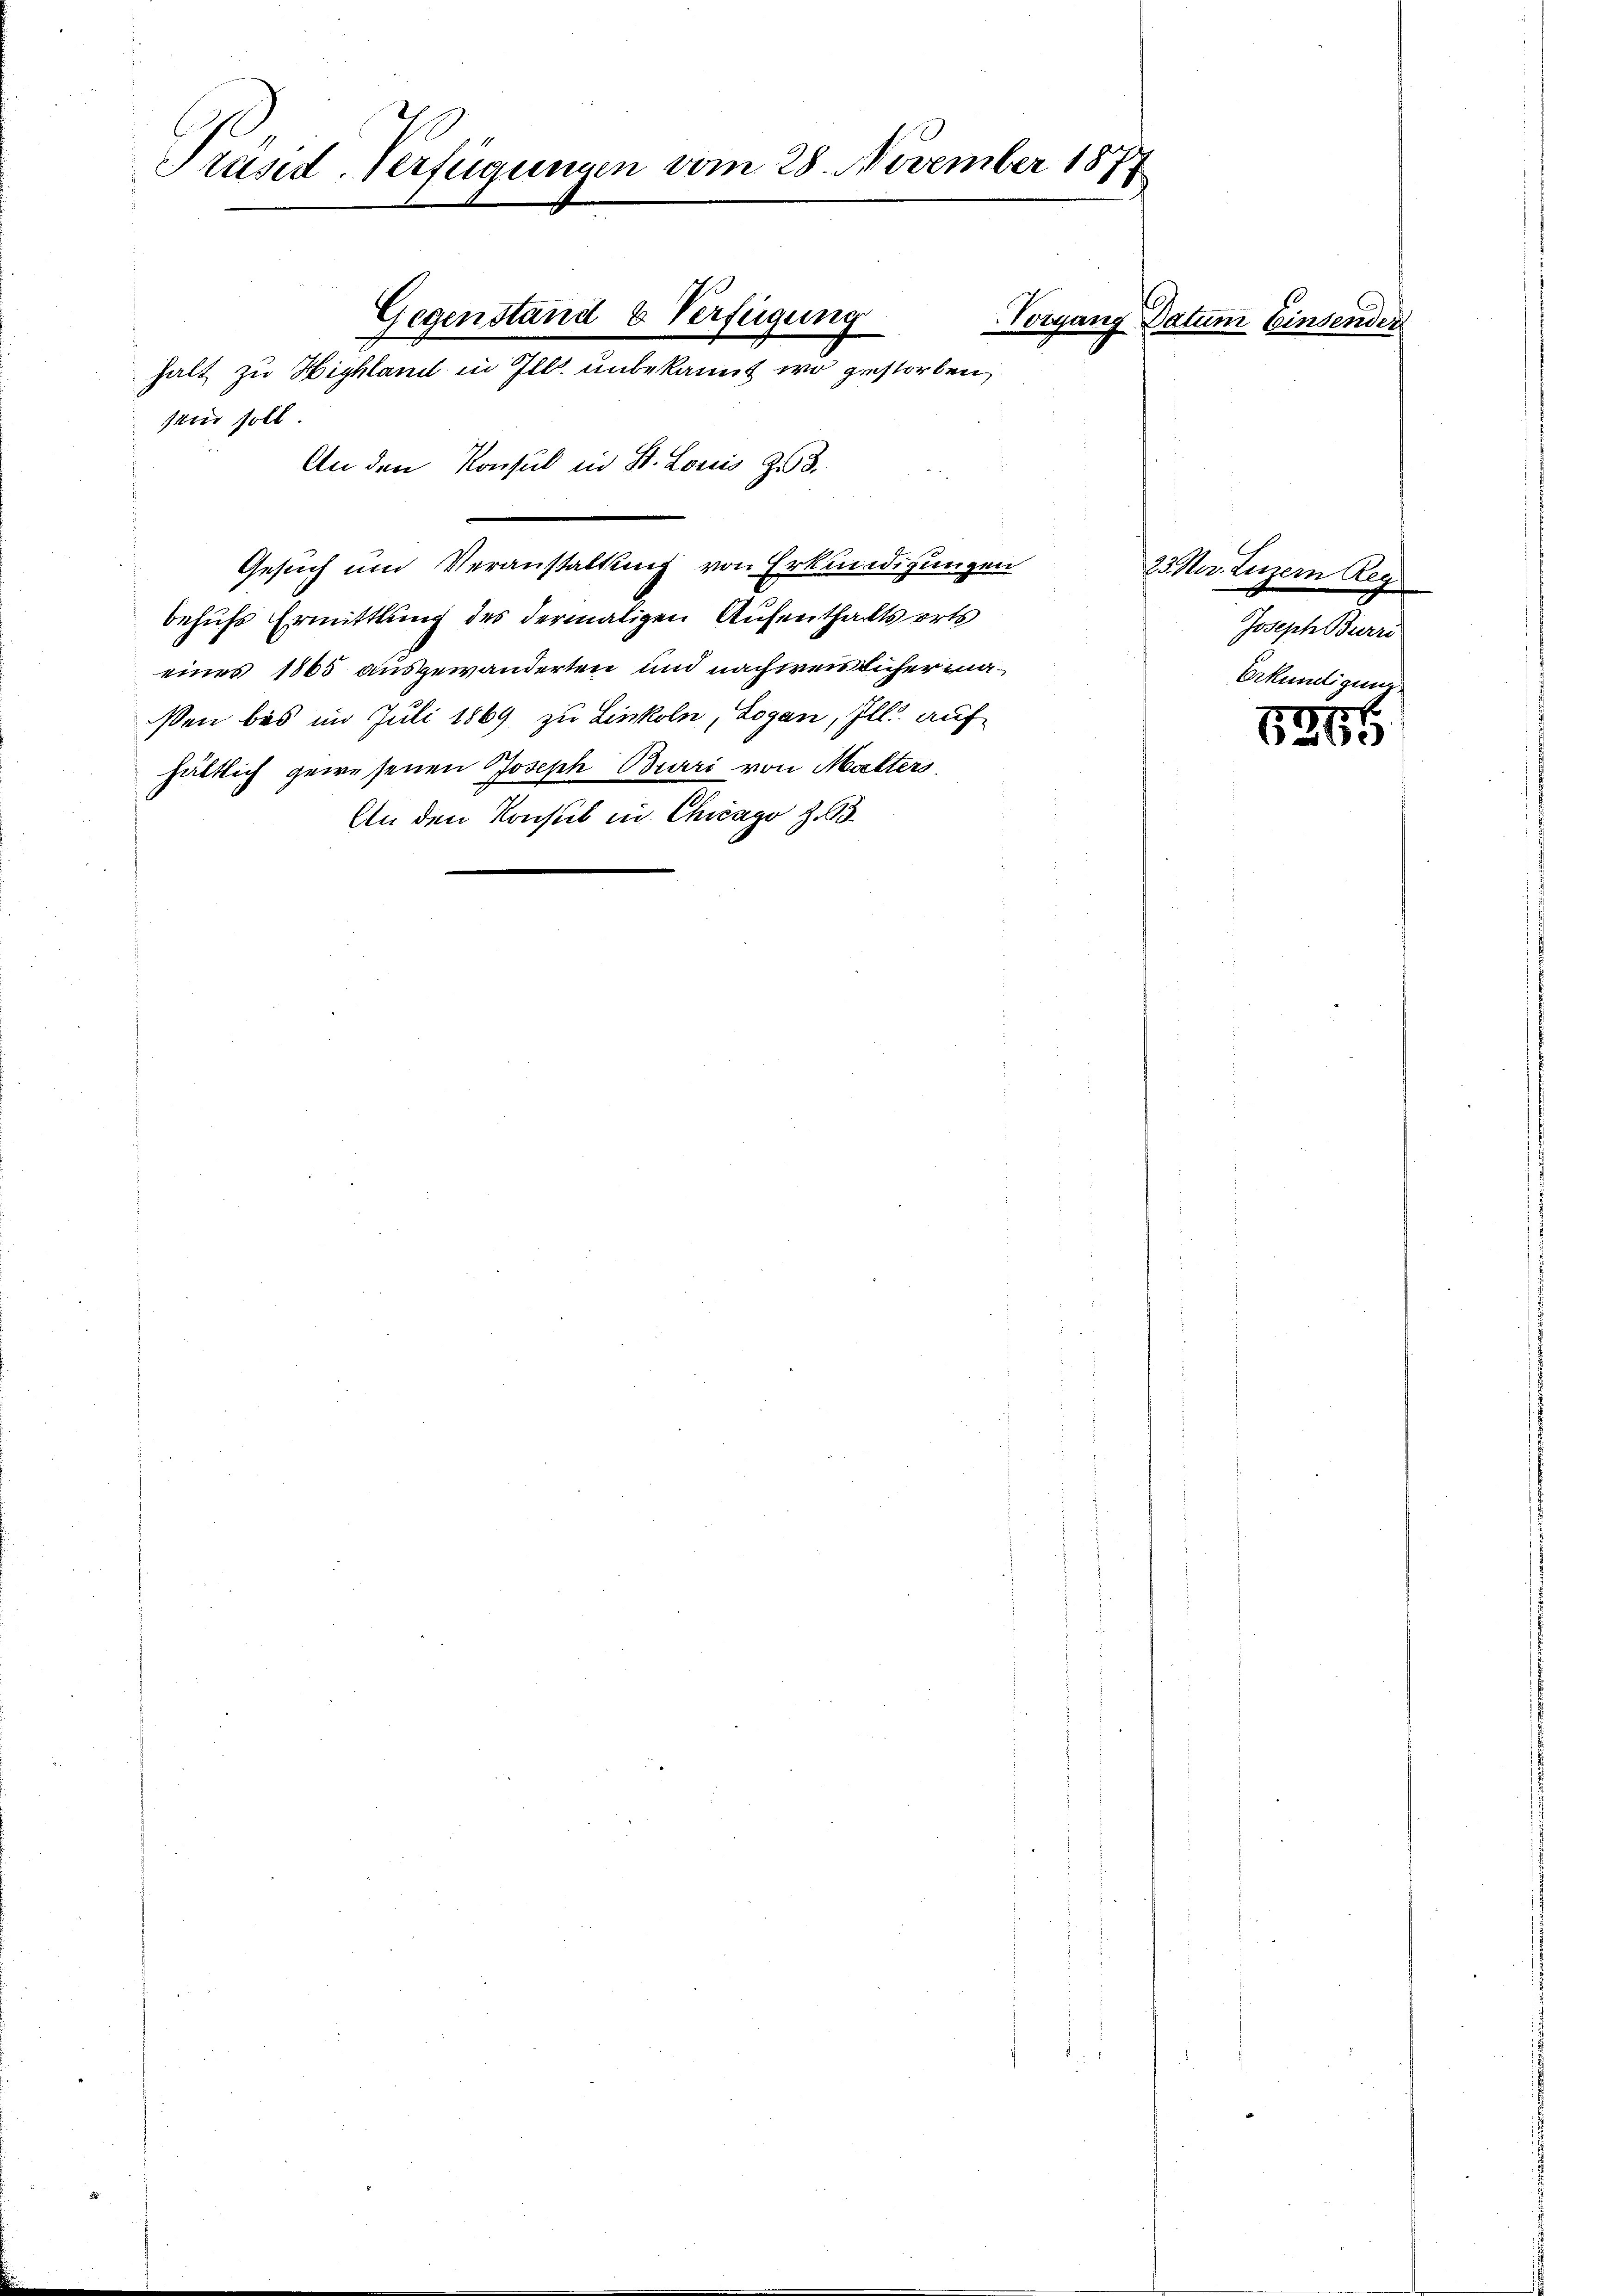
Präsid. Verfügungen vom 28. November 1877

sie soll
An den Konsul in St. Louis 258.
Gesuch und Veranstaltung von Erkundigungen
behufs Ermittlung des dermaligen Aufenthaltsorts
einer 1865 ausgewanderten und nachweislicher maßen bis im Juli 1869 zu Linkeln, Logen, Ill. auf
hältlich gewesenen Joseph Brari von Malters
An den Konsul in Chicago Z

Gegenstand & Verfügung
halt zu Highland in Ill. unbekannt wo gestorben,

Vorgang

Datum Einsende

23. Mar. Luzern Reg
Joseph Burri
Erkundigung

1265